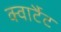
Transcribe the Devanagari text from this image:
क्वार्टैट